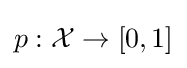
p:{\mathcal {X}}\to [0,1]